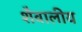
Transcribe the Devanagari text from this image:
शैवालीय